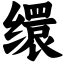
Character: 缳